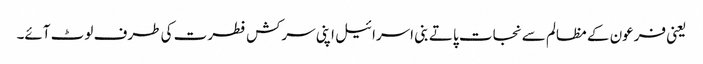
یعنی فرعون کے مظالم سے نجات پاتے بنی اسرائیل اپنی سرکش فطرت کی طرف لوٹ آئے۔